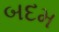
બદમ